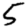
Digit: 5